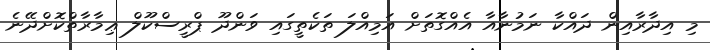
މި އިދާރާއިން ދައްކާ ނަމުނާއާ އެއްގޮތަށް އަމިއްލަ ތަކެތީގައި ވަންދޫ ޕްރީސްކޫލް ޢިމާރާތްކޮށްދޭނެ